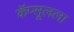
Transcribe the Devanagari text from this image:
कॅप्सूलला